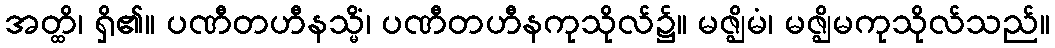
အတ္ထိ၊ ရှိ၏။ ပဏီတဟီနသ္မိံ၊ ပဏီတဟီနကုသိုလ်၌။ မဇ္ဈိမံ၊ မဇ္ဈိမကုသိုလ်သည်။